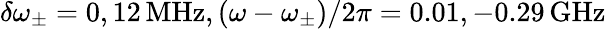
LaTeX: \delta\omega_{\pm}=0,12\, \textrm{MHz},(\omega-\omega_{\pm})/2\pi=0.01,-0.29\, \textrm{GHz}